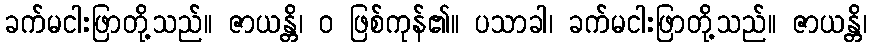
ခက်မငါးဖြာတို့သည်။ ဇာယန္တိ၊ ဝ ဖြစ်ကုန်၏။ ပသာခါ၊ ခက်မငါးဖြာတို့သည်။ ဇာယန္တိ၊